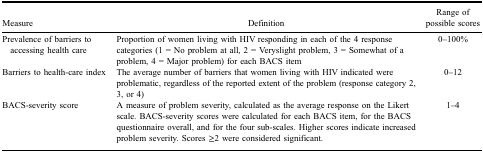
| Measure | Definition | Range of possible scores |
 | --- | --- | --- |
 | Prevalence of barriers to accessing health care | Proportion of women living with HIV responding in each of the 4 response categories (1 = No problem at all, 2 = Veryslight problem, 3 = Somewhat of a problem, 4 = Major problem) for each BACS item | 0–100% |
 | Barriers to health-care index | The average number of barriers that women living with HIV indicated were problematic, regardless of the reported extent of the problem (response category 2, 3, or 4) | 0–12 |
 | BACS-severity score | A measure of problem severity, calculated as the average response on the Likert scale. BACS-severity scores were calculated for each BACS item, for the BACS questionnaire overall, and for the four sub-scales. Higher scores indicate increased problem severity. Scores ≥2 were considered significant. | 1–4 |